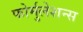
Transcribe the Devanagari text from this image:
फोर्मुलेशन्स